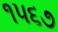
૧૫૬૭